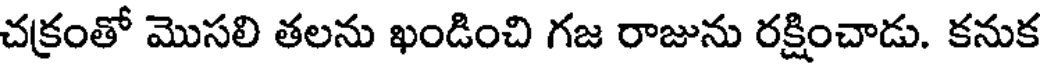
చక్రంతో మొసలి తలను ఖండించి గజ రాజును రక్షించాడు. కనుక